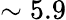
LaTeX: \sim 5.9